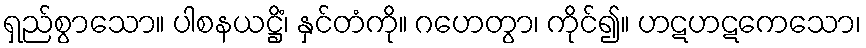
ရှည်စွာသော။ ပါစနယဋ္ဌိံ၊ နှင်တံကို။ ဂဟေတွာ၊ ကိုင်၍။ ဟဋဟဋကေသော၊